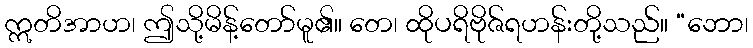
ဣတိအာဟ၊ ဤသို့မိန့်တော်မူ၏။ တေ၊ ထိုပရိဗိုဇ်ရဟန်းတို့သည်။ “ဘော၊